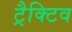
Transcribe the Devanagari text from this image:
ट्रैक्टिव